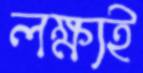
লক্ষ্যই